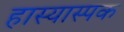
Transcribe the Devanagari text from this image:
हास्यास्पक